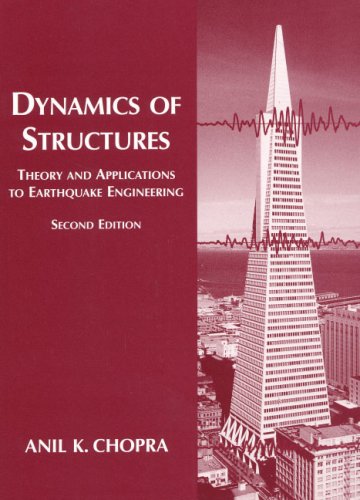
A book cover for Dynamics of Structures: Theory and Applications to Earthquake Engineering (2nd Edition); Anil K. Chopra; Science & Math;